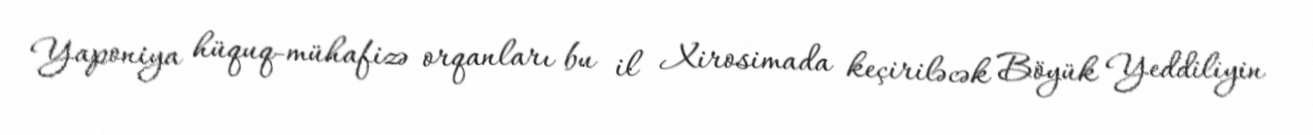
Yaponiya hüquq-mühafizə orqanları bu il Xirosimada keçiriləcək Böyük Yeddiliyin